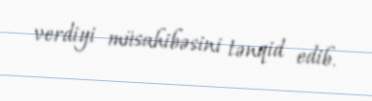
verdiyi müsahibəsini tənqid edib.